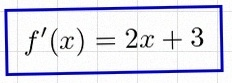
f'(x)=2x+3